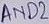
Text: AND2